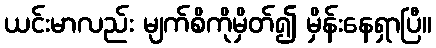
ယင်းမာလည်း မျက်စိကိုမှိတ်၍ မှိန်းနေရှာပြီ။